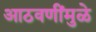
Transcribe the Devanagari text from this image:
आठवणींमुळे